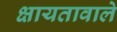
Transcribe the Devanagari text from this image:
क्षायतावाले